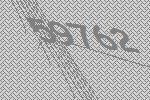
59762